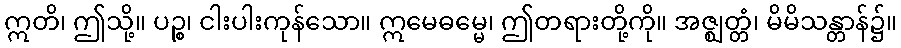
ဣတိ၊ ဤသို့။ ပဉ္စ၊ ငါးပါးကုန်သော။ ဣမေဓမ္မေ၊ ဤတရားတို့ကို။ အဇ္ဈတ္တံ၊ မိမိသန္တာန်၌။